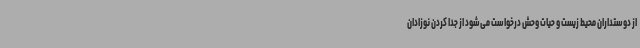
از دوستداران محیط زیست و حیات وحش درخواست می‌شود از جدا کردن نوزادان